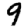
Digit: 9